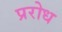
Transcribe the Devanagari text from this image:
प्ररोध